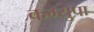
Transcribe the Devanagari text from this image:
कग्युपा